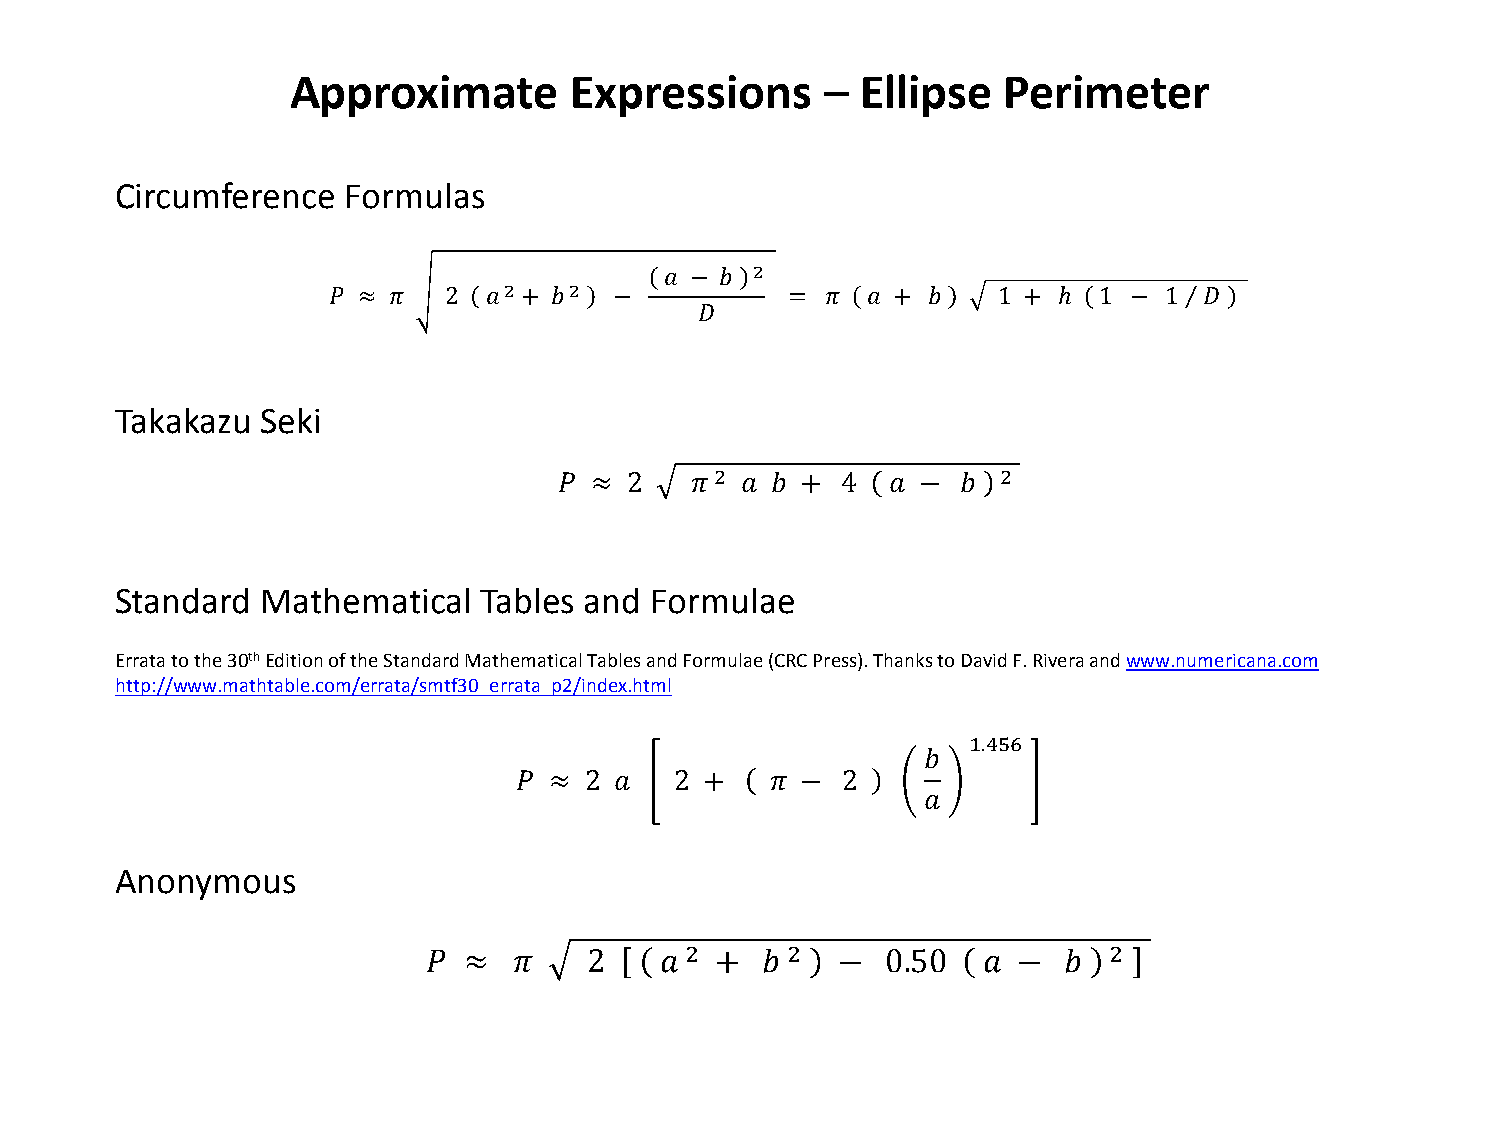
Approximate        Expressions      – Ellipse  Perimeter
 Circumference  Formulas
 2
 2    2     𝑎 − 𝑏
 𝑃 ≈ 𝜋  2  𝑎  + 𝑏   −          =  𝜋 𝑎 + 𝑏    1 + ℎ  1 − 1 ⁄ 𝐷
 𝐷
 Takakazu Seki
 2                  2
 𝑃 ≈  2   𝜋  𝑎 𝑏 +  4  𝑎 −  𝑏
 Standard Mathematical   Tables and Formulae
 Errata to the 30th Edition of the Standard Mathematical Tables and Formulae (CRC Press). Thanks to David F. Rivera and www.numericana.com
 http://www.mathtable.com/errata/smtf30_errata_p2/index.html
 1.456
 𝑏
 𝑃 ≈  2 𝑎   2 +   𝜋 −  2
 𝑎
 Anonymous
 2      2                    2
 𝑃  ≈  𝜋    2    𝑎  +  𝑏    −   0.50  𝑎 −  𝑏